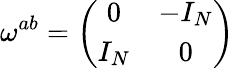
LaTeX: \omega^{ab}=\left(\begin{array}{cc}{{0}}&{{-I_{N}}}\\ {{I_{N}}}&{{0}}\end{array}\right)